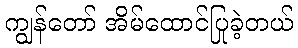
ကျွန်တော် အိမ်ထောင်ပြုခဲ့တယ်